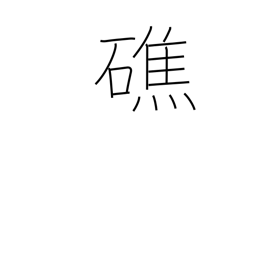
Meaning: sunken rock